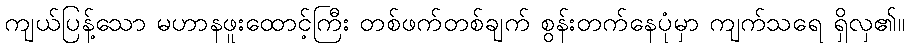
ကျယ်ပြန့်သော မဟာနဖူးထောင့်ကြီး တစ်ဖက်တစ်ချက် စွန်းတက်နေပုံမှာ ကျက်သရေ ရှိလှ၏။